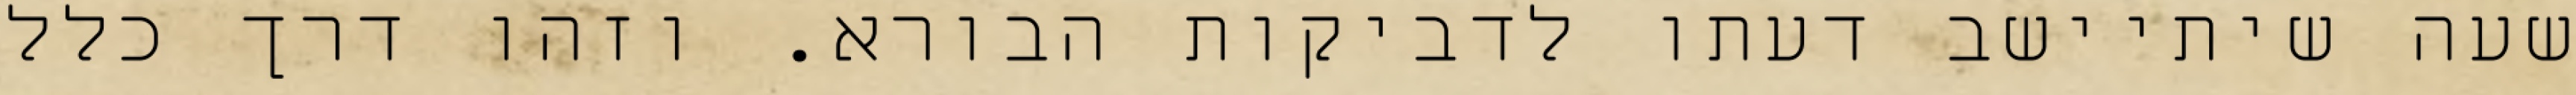
שעה שיתיישב דעתו לדביקות הבורא. וזהו דרך כלל